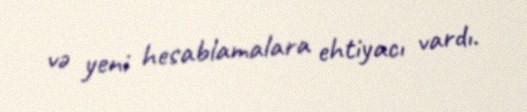
və yeni hesablamalara ehtiyacı vardı.